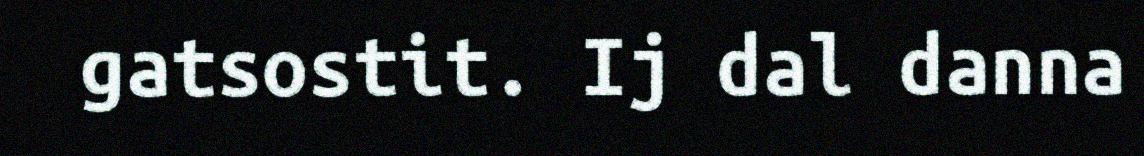
gatsostit. Ij dal danna